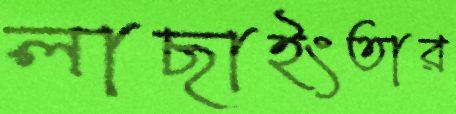
লাছাইংতার